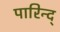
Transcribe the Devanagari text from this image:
पारिन्द्